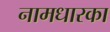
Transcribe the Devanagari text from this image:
नामधारका